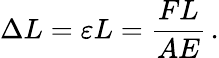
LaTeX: \Delta L=\varepsilon L={\frac{FL}{AE}}\, .